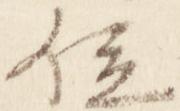
位